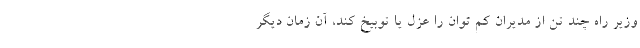
وزیر راه چند تن از مدیران کم توان را عزل یا توبیخ کند، آن زمان دیگر